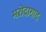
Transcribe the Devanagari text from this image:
मरोदागाद